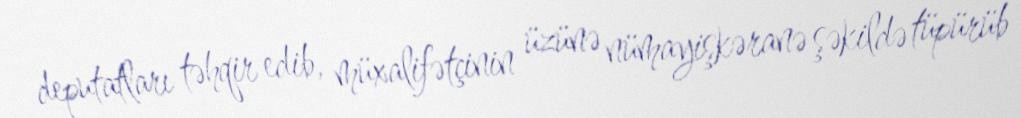
deputatları təhqir edib, müxalifətçinin üzünə nümayişkəranə şəkildə tüpürüb